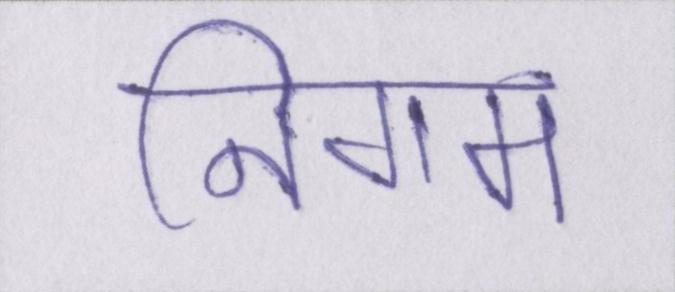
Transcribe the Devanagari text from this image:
निगम